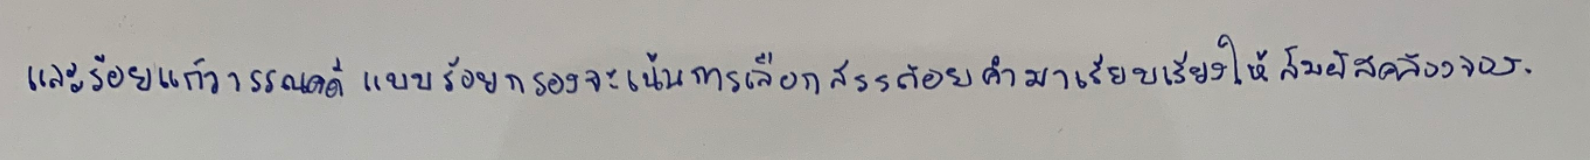
และร้อยแก้ววรรณคดีแบบร้อยกรองจะเน้นการเลือกสรรถ้อยคำมาเรียบเรียงให้สัมผัสคล้องจอง